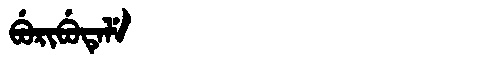
Manchu: ᠪᡠᡵᡳᠪᡠᡨᡝᠯᡝ
Romanization: BURIBUTELE